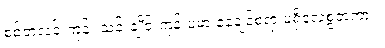
စစ်တလင်းကုန်း သင်းချိုင်းကုန်းပမာ နေချင်စရာ မရှိလေစွတကား။